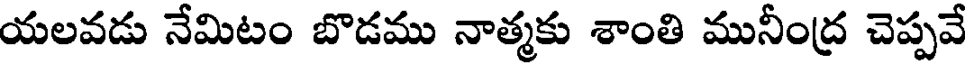
యలవడు నేమిటం బొడము నాత్మకు శాంతి మునీంద్ర చెప్పవే